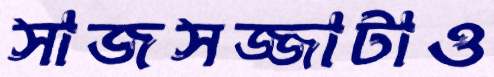
সাজসজ্জাটাও